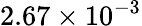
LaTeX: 2.67\times 10^{-3}